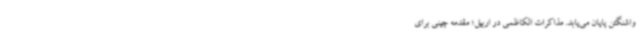
واشنگتن پایان می‌یابد. مذاکرات الکاظمی در اربیل؛ مقدمه چینی برای